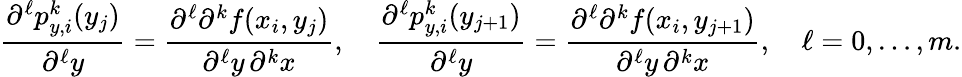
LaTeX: \frac{\partial^{\ell}p_{y,i}^{k}(y_{j})}{\partial^{\ell}y}=\frac{\partial^{\ell}\partial^{k}f(x_{i},y_{j})}{\partial^{\ell}y\, \partial^{k}x},\quad\frac{\partial^{\ell}p_{y,i}^{k}(y_{j+1})}{\partial^{\ell}y}=\frac{\partial^{\ell}\partial^{k}f(x_{i},y_{j+1})}{\partial^{\ell}y\, \partial^{k}x},\quad\ell=0,\dots,m.